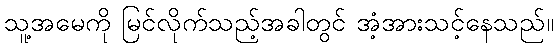
သူ့အမေကို မြင်လိုက်သည့်အခါတွင် အံ့အားသင့်နေသည်။